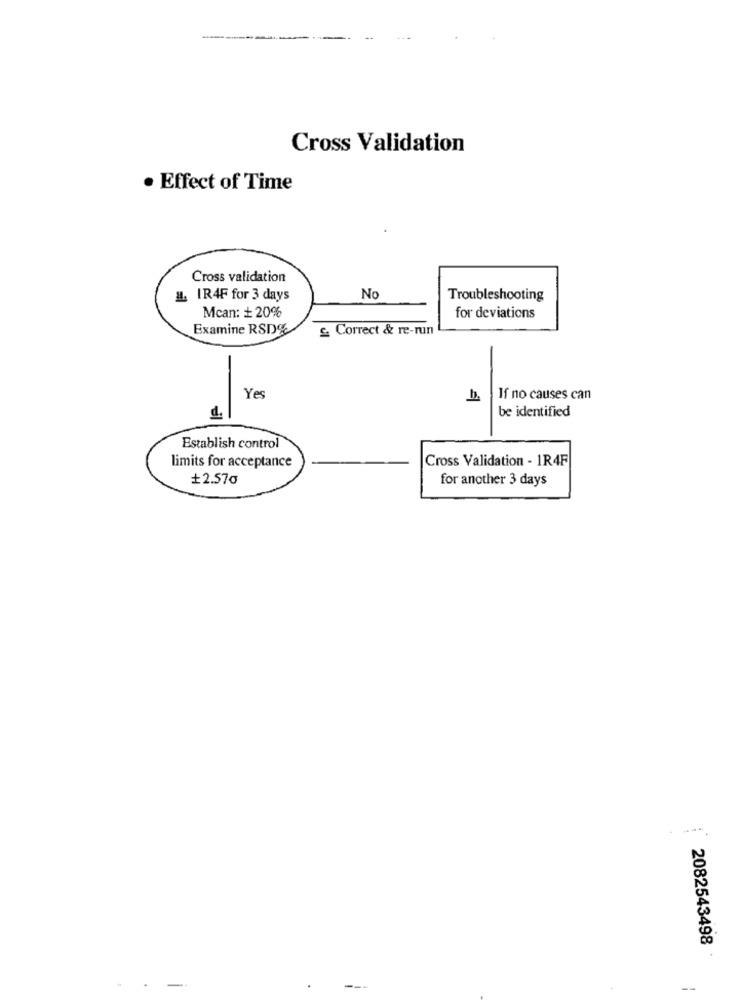
Cross Validation
· Effect of Time
Cross validation
#. IR4F for 3 days
No
Troubleshooting
Mcan: + 20%
for deviations
Examine RSD%
£. Correct & re-run
Ye
If no causes can
be identified
d.
Establish control
limits for acceptance
Cross Validation - 1R4F
+2.57o
for another 3 days
2082543498
--